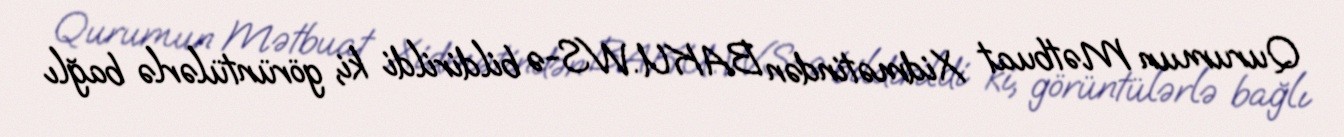
Qurumun Mətbuat Xidmətindən BAKU.WS-ə bildirildi ki, görüntülərlə bağlı